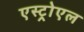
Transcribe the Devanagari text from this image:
एस्ट्रोएल